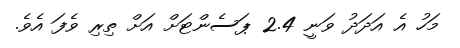
މަހު އެ އަދަދު ވަނީ 2.4 ޕަސެންޓަށް އަށް ތިރި ވެފަ އެވެ.